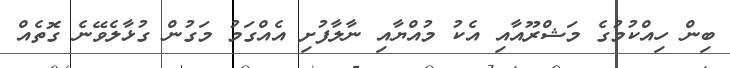
ބިން ހިއްކުމުގެ މަޝްރޫއާއި އެކު މުއްޔާއި ނާލާފުށި އެއްގަމު މަގުން ގުޅާލެވޭނެ ގޮތެއް